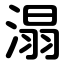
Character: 溻